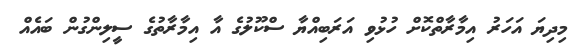
މިދިޔަ އަހަރު އިމާރާތްކޮށް ހުޅުވި އަރަބިއްޔާ ސްކޫލުގެ އާ އިމާރާތުގެ ސީލިންގުން ބައެއް